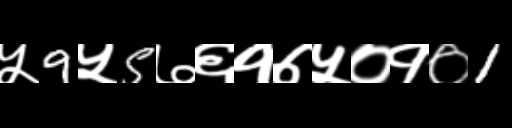
Text: ५9५5७६१७५०१०1